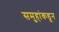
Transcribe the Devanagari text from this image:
समुहांकडून